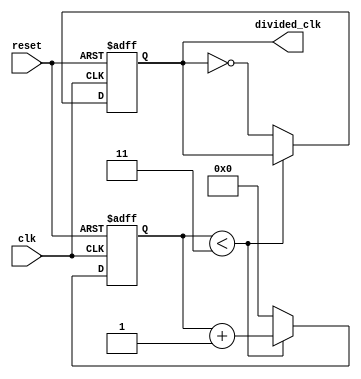
module FrequencyDividerCounter #(
    parameter N = 4  // Division factor (can be changed as needed)
)(
    input wire clk,          // Input clock signal
    input wire reset,        // Asynchronous reset signal
    output reg divided_clk    // Output divided clock signal
);

    reg [31:0] counter;      // Counter to keep track of clock cycles

    // Asynchronous reset and counter logic
    always @(posedge clk or posedge reset) begin
        if (reset) begin
            counter <= 0;      // Reset counter
            divided_clk <= 0;  // Reset divided clock
        end else begin
            if (counter < N - 1) begin
                counter <= counter + 1;  // Increment counter
            end else begin
                counter <= 0;              // Reset counter
                divided_clk <= ~divided_clk; // Toggle divided clock
            end
        end
    end

endmodule